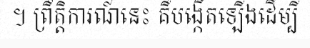
។ ព្រឹត្តិការណ៍នេះ គឺបង្កើតឡើងដើម្បី